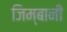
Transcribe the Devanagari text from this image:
जिम्बानी